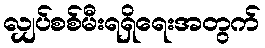
လျှပ်စစ်မီးရရှိရေးအတွက်